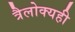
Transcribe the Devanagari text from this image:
त्रैलोक्यही